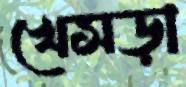
খেসড়া